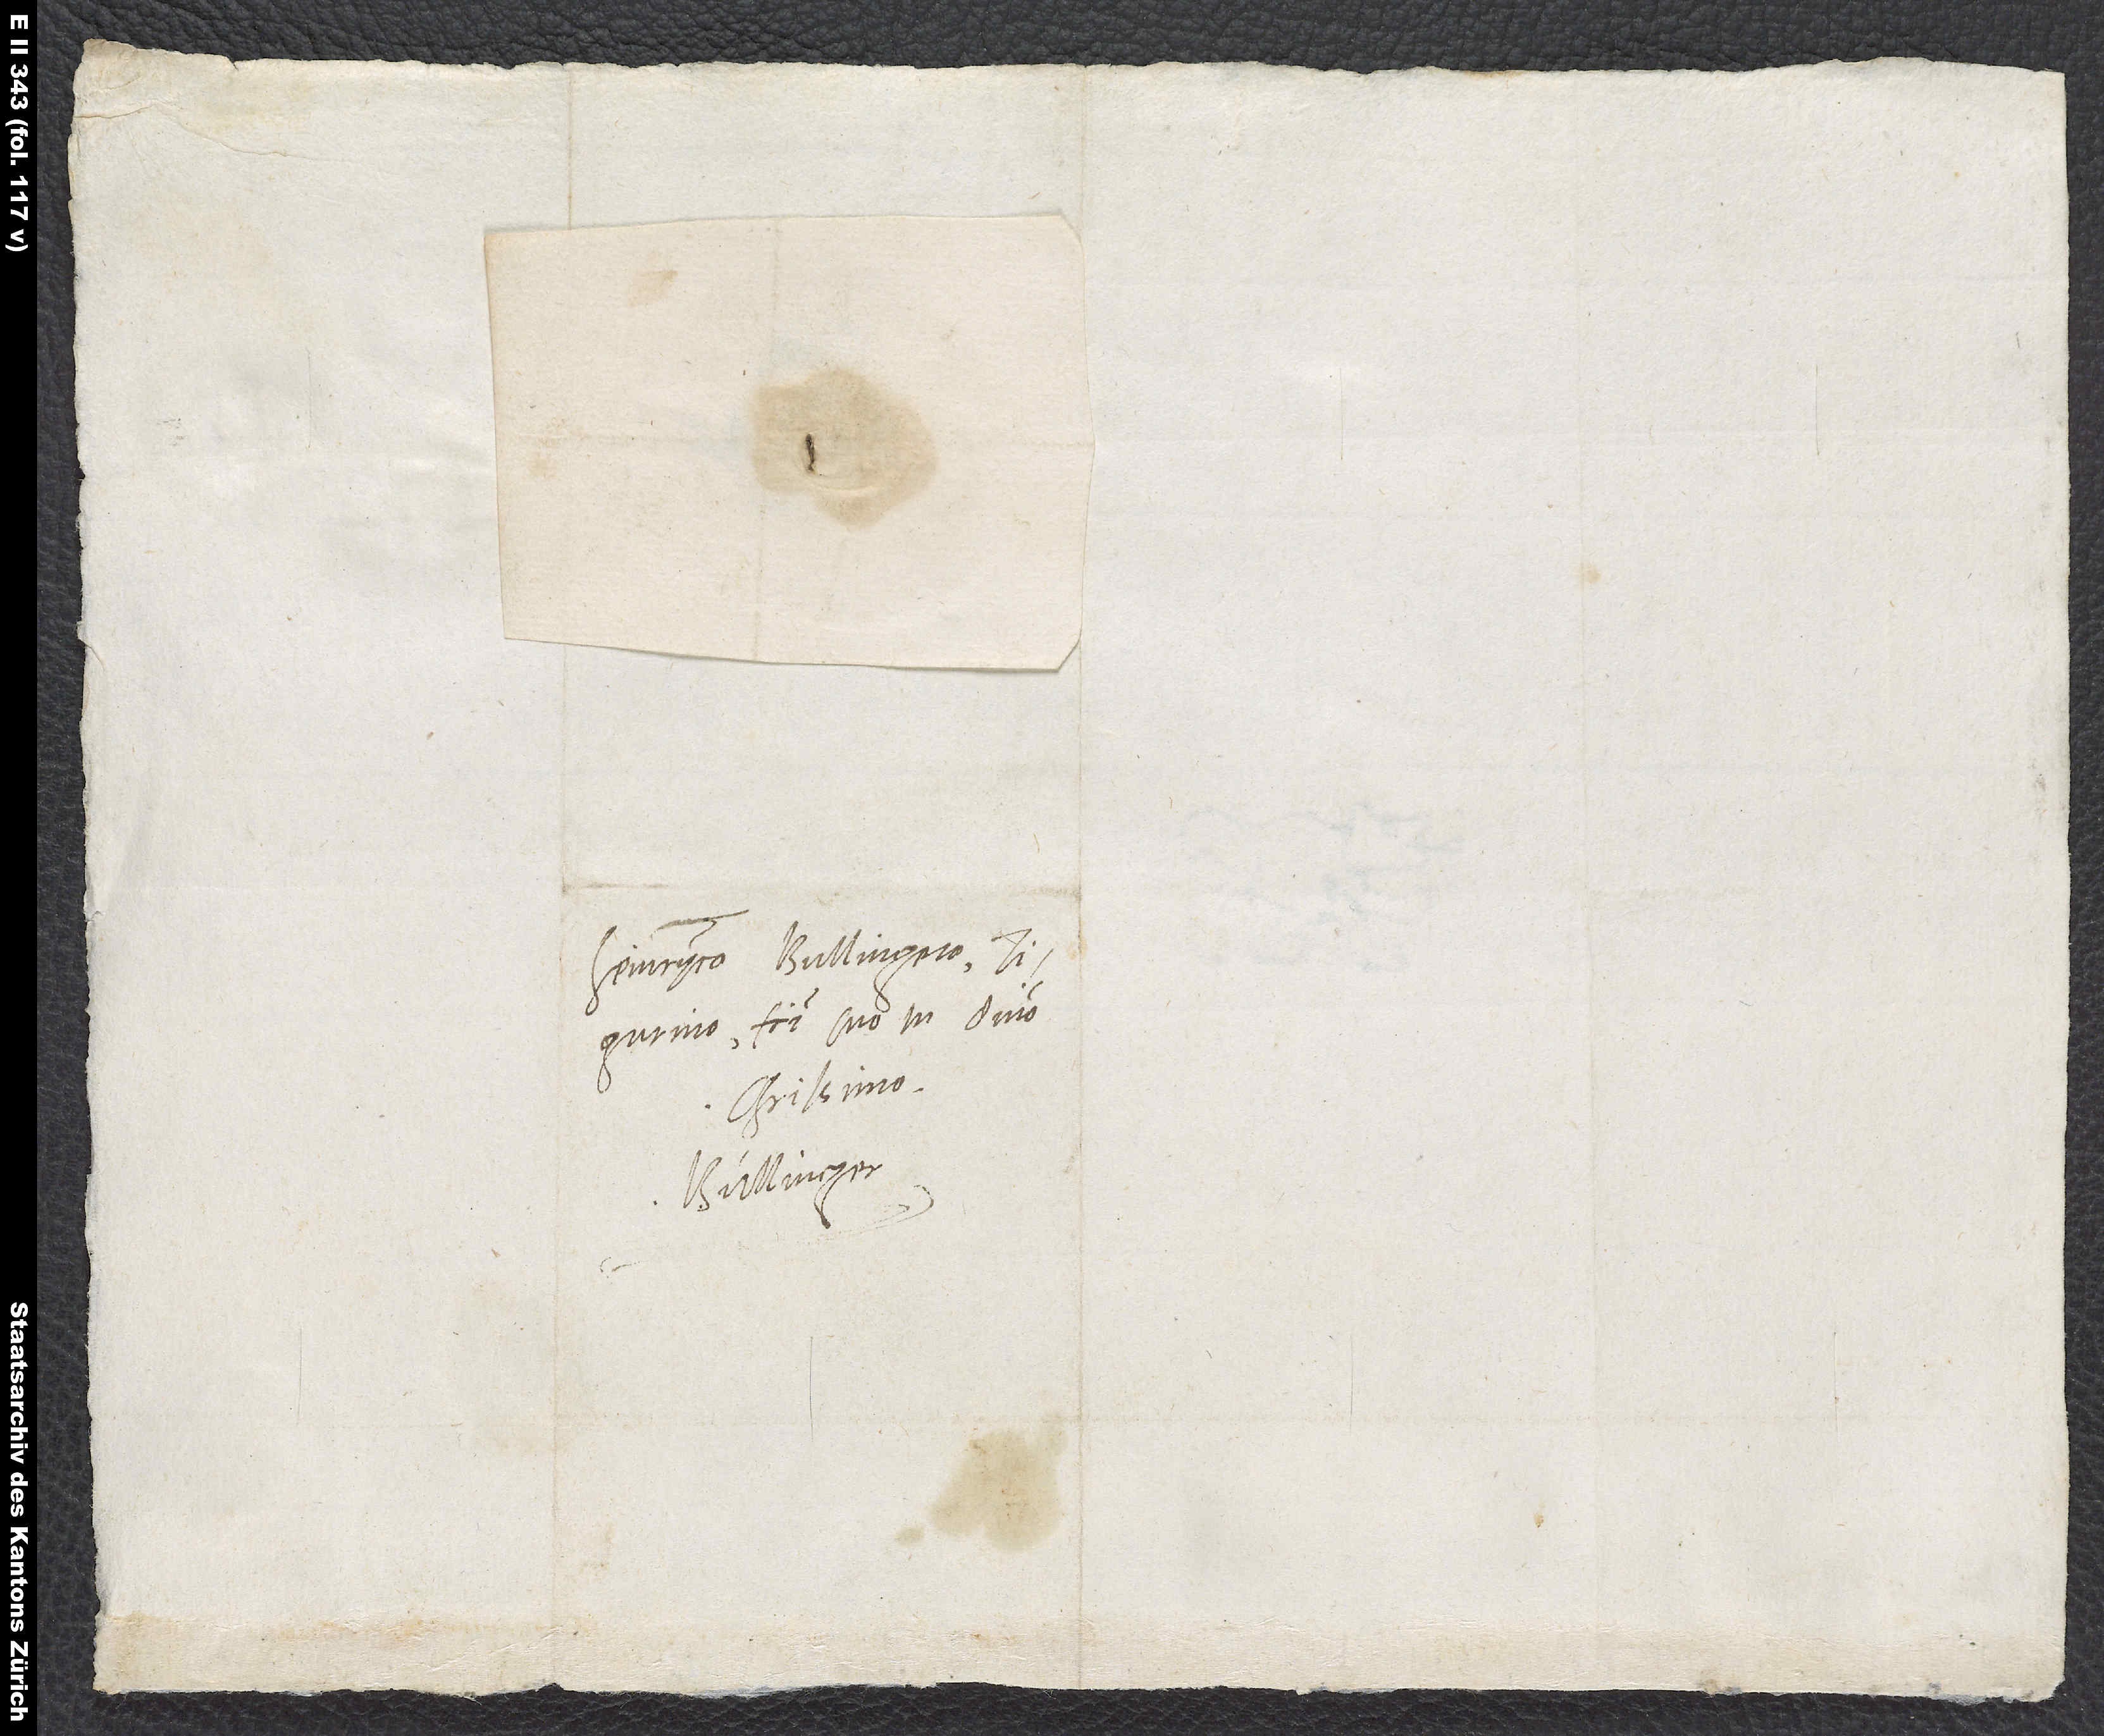
Heinryco Bullingero,
Tigurino, fratri suo in domino
charissimo.
Bullinger.